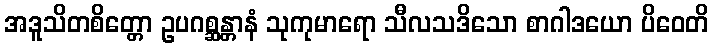
အဒူသိတစိတ္တော ဥပဂစ္ဆန္တာနံ သုကုမာရော သီလသဒိသော စာဂါဒယော ပိဝေတိ